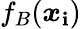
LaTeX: f_{B}(\boldsymbol{x}_{\mathbf{i}})